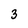
Character: 3